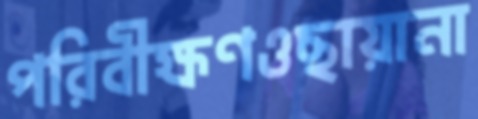
পরিবীক্ষণওছায়ানা